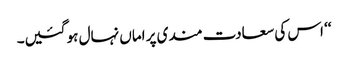
‘‘ اس کی سعادت مندی پر اماں نہال ہو گئیں۔